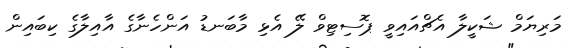
މަރިޔަމް ޝަކީލާ އެޗްއައިވީ ޕޮސިޓިވް ލޭ އެޅި މާބަނޑު އަންހެނާގެ އާއިލާގެ ކިބައިން